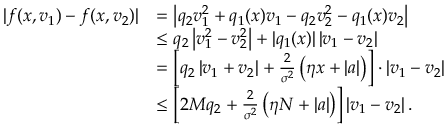
\begin{array} { r l } { \vert f ( x , v _ { 1 } ) - f ( x , v _ { 2 } ) \vert } & { = \left\vert q _ { 2 } v _ { 1 } ^ { 2 } + q _ { 1 } ( x ) v _ { 1 } - q _ { 2 } v _ { 2 } ^ { 2 } - q _ { 1 } ( x ) v _ { 2 } \right\vert } \\ & { \le q _ { 2 } \left\vert v _ { 1 } ^ { 2 } - v _ { 2 } ^ { 2 } \right\vert + | q _ { 1 } ( x ) | \left\vert v _ { 1 } - v _ { 2 } \right\vert } \\ & { = \left[ q _ { 2 } \left\vert v _ { 1 } + v _ { 2 } \right\vert + \frac { 2 } { \sigma ^ { 2 } } \left( \eta x + | a | \right) \right] \cdot \left\vert v _ { 1 } - v _ { 2 } \right\vert } \\ & { \le \left[ 2 M q _ { 2 } + \frac { 2 } { \sigma ^ { 2 } } \left( \eta N + | a | \right) \right] \left\vert v _ { 1 } - v _ { 2 } \right\vert . } \end{array}